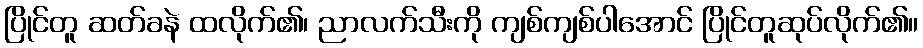
ပြိုင်တူ ဆတ်ခနဲ ထလိုက်၏၊ ညာလက်သီးကို ကျစ်ကျစ်ပါအောင် ပြိုင်တူဆုပ်လိုက်၏။